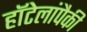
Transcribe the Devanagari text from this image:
हॉटेलांपैकी